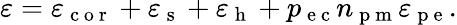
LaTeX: \varepsilon=\varepsilon_{\mathrm{~c~o~r~}}+\varepsilon_{\mathrm{~s~}}+\varepsilon_{\mathrm{~h~}}+p_{\mathrm{~e~c~}}n_{\mathrm{~p~m~}}\varepsilon_{\mathrm{~p~e~}}.